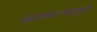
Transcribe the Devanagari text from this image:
दाखल्यामुळे